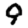
Digit: 9